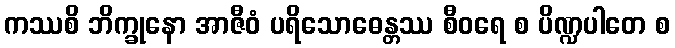
ကဿစိ ဘိက္ခုနော အာဇီဝံ ပရိသောဓေန္တဿ စီဝရေ စ ပိဏ္ဍပါတေ စ